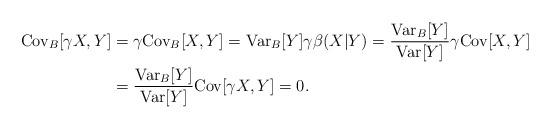
LaTeX: \begin{align*}\textrm{Cov}_B[\gamma X,Y] &=\gamma \textrm{Cov}_B[X,Y] = \textrm{Var}_B[Y] \gamma \beta(X|Y)= \frac{\textrm{Var}_B[Y] }{ \textrm{Var}[Y] } \gamma \textrm{Cov}[X,Y]\\&= \frac{\textrm{Var}_B[Y] }{ \textrm{Var}[Y] } \textrm{Cov}[\gamma X,Y]=0.\end{align*}